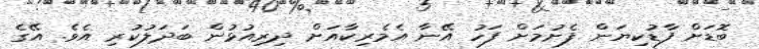
ބޮޑަށް ފާޑުކިޔަން ފެށުމަށް ފަހު އޭނާ އެމެރިކާއަށް ދިރިއުޅުން ބަދަލުކުރި އެވެ. އޭގެ